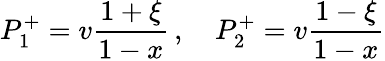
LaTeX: P_{1}^{+}=v\frac{1+\xi}{1-x}\, ,\quad P_{2}^{+}=v\frac{1-\xi}{1-x}